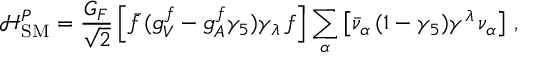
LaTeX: \mathcal { H } _ { \mathrm { S M } } ^ { P } = \frac { G _ { F } } { \sqrt { 2 } } \left[ \bar { f } \, ( g _ { V } ^ { f } - g _ { A } ^ { f } \gamma _ { 5 } ) \gamma _ { \lambda } \, f \right] \sum _ { \alpha } \left[ \bar { \nu } _ { \alpha } \, ( 1 - \gamma _ { 5 } ) \gamma ^ { \lambda } \, \nu _ { \alpha } \right] \, ,